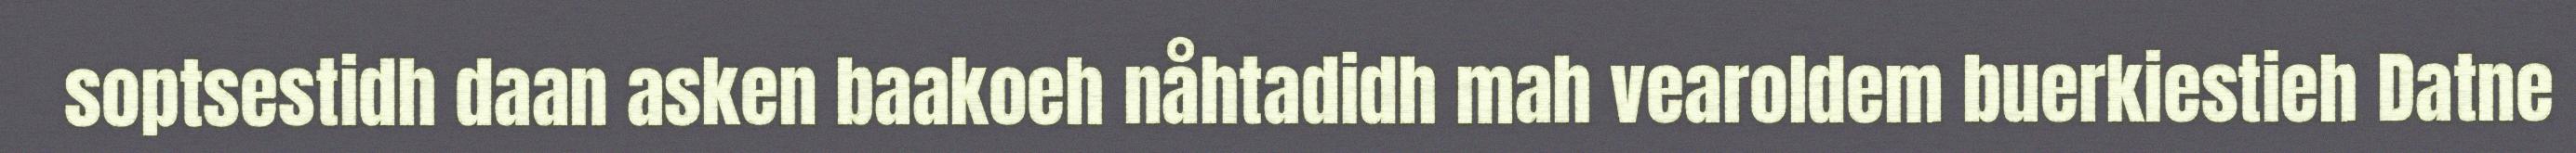
soptsestidh daan asken baakoeh nåhtadidh mah vearoldem buerkiestieh Datne